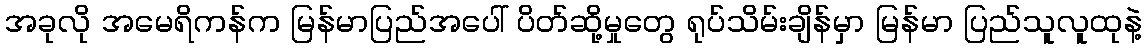
အခုလို အမေရိကန်က မြန်မာပြည်အပေါ် ပိတ်ဆို့မှုတွေ ရုပ်သိမ်းချိန်မှာ မြန်မာ ပြည်သူလူထုနဲ့